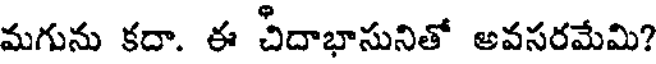
మగును కదా. ఈ చిదాభాసునితో అవసరమేమి?